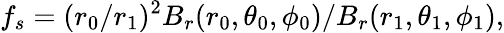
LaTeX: f_{s}=(r_{0}/r_{1})^{2}B_{r}(r_{0},\theta_{0},\phi_{0})/B_{r}(r_{1},\theta_{1},\phi_{1}),